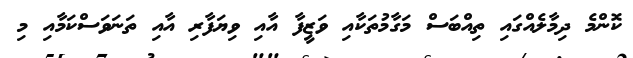
ކޮންމެ ދިމާލެއްގައި ތިއްބަސް މަގާމުތަކާއި ވަޒީފާ އާއި ވިޔަފާރި އާއި ތަނަވަސްކަމާއި މި